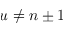
u \neq n \pm 1